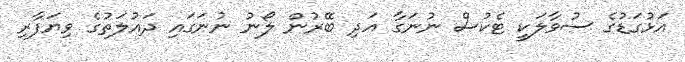
އަޅުގަޑުގެ ސުވާލަކީ ޓެކުސް ނުނަގާ އަދި ބޭރުން ލޯނު ނުނަގައި ދައުލަތުގެ ވިޔަފާރި